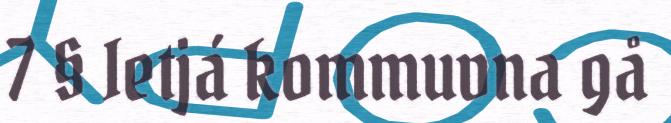
7 § Ietjá kommuvna gå